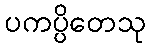
ပကပ္ပိတေသု